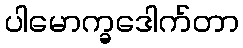
ပါမောက္ခဒေါက်တာ